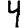
Digit: 4